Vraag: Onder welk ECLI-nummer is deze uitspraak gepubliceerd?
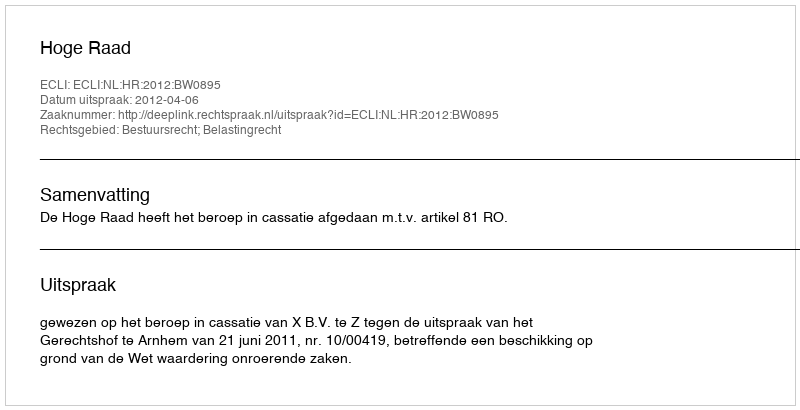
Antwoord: ECLI:NL:HR:2012:BW0895